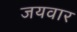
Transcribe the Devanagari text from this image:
जयवार